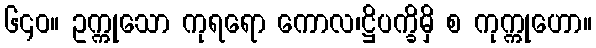
၆၄၀။ ဥက္ကုသော ကုရရော ကောလ၊ဋ္ဌိပက္ခိမှိ စ ကုက္ကုဟော။